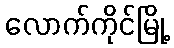
လောက်ကိုင်မြို့